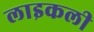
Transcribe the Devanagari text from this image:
लाइकली